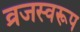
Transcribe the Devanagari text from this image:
व्रजस्वरूप